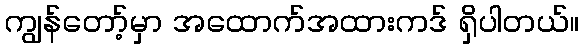
ကျွန်တော့်မှာ အထောက်အထားကဒ် ရှိပါတယ်။